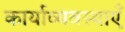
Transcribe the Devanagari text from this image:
कार्याव्यवस्थाएँ